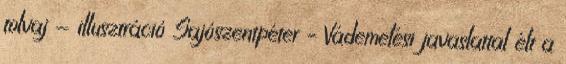
tolvaj - illusztráció Sajószentpéter – Vádemelési javaslattal élt a